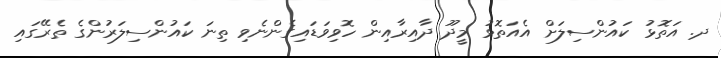
ދ. އަތޮޅު ކައުންސިލަށް އެއަތޮޅު މީދޫ ދާއިރާއިން ހޮވިވަޑައިގެންނެވި ތިނަ ކައުންސިލަރުންގެ ތެރޭގައި